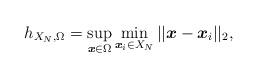
LaTeX: \begin{align*}h_{X_N, \Omega} = \sup_{ \boldsymbol{x} \in \Omega} \min_{ \boldsymbol{x}_i \in X_N} || \boldsymbol{x} - \boldsymbol{x}_i||_2,\end{align*}